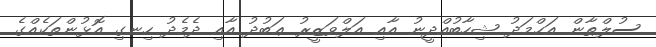
ސުލްޠާން އަޙްމަދު ޝިހާބުއްދީނު އާއި އަލްވަޒީރު ޢަބުދު އާއި ދެމެދު ހިނގި އޮޅުންތަކެއްގެ